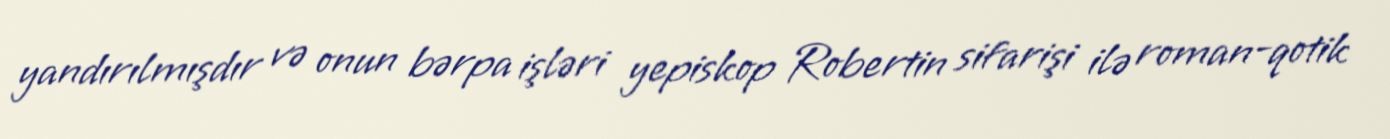
yandırılmışdır və onun bərpa işləri yepiskop Robertin sifarişi ilə roman-qotik